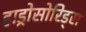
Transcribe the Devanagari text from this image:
हाड्रोसोरिड्स